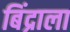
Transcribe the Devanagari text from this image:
बिंद्राला